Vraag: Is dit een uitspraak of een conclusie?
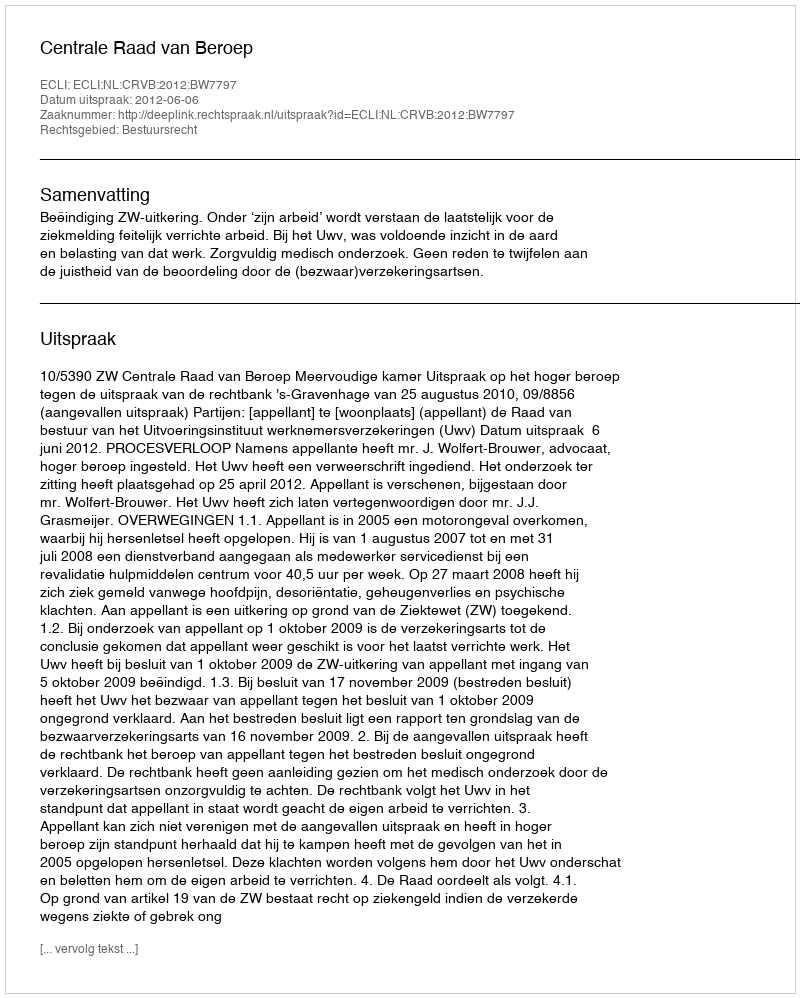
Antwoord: Uitspraak